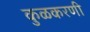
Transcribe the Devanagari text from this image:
कुळकरणी